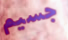
جسيم